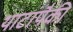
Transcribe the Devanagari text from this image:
थाटांपैकी